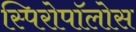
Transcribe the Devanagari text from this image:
स्पिरोपॉलोस